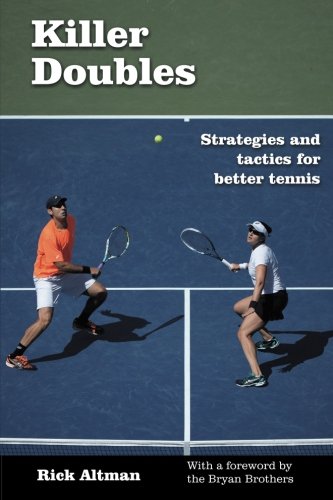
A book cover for Killer Doubles: Strategies and tactics for better tennis; Rick Altman; Sports & Outdoors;